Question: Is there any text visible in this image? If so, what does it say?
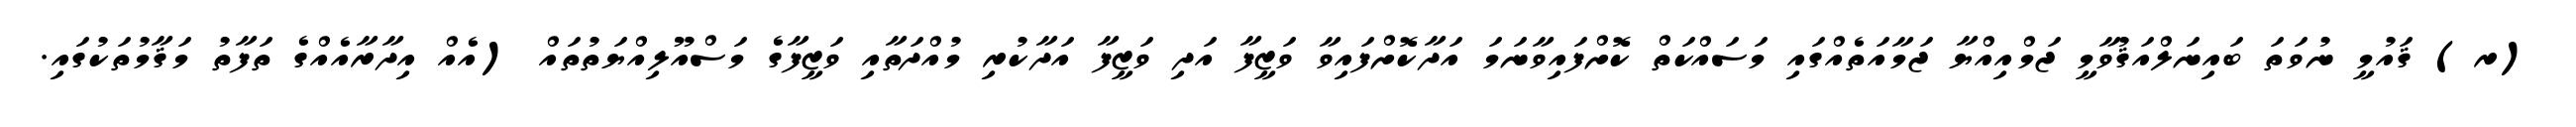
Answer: (ރ) ޤައުމީ ނުވަތަ ބައިނަލްއަޤުވާމީ ޖަމްއިއްޔާ ޖަމާއަތެއްގައި މަސައްކަތް ކޮށްފައިވާނަމަ އަދާކޮށްފައިވާ ވަޒީފާ އަދި ވަޒީފާ އަދާކުރި މުއްދަތާއި ވަޒީފާގެ މަސްއޫލިއްޔަތުތައް (އެއް އިދާރާއެއްގެ ތަފާތު މަޤާމުތަކުގައި.